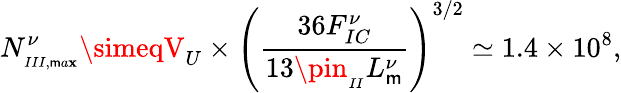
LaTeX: N_{_{III,\mathsf{m}a\mathbf{x}}}^{\nu}\simeqV_{U}\times\left(\frac{{36F_{IC}^{\nu}}}{{13\pin_{_{II}}L_{\mathsf{m}}^{\nu}}}\right)^{3/2}\simeq1.4\times10^{8},